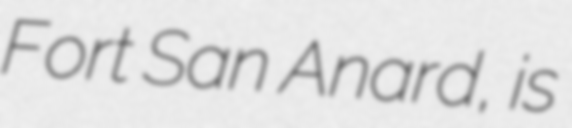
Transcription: Fort San Anard, is